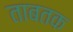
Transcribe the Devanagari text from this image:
ताबतक